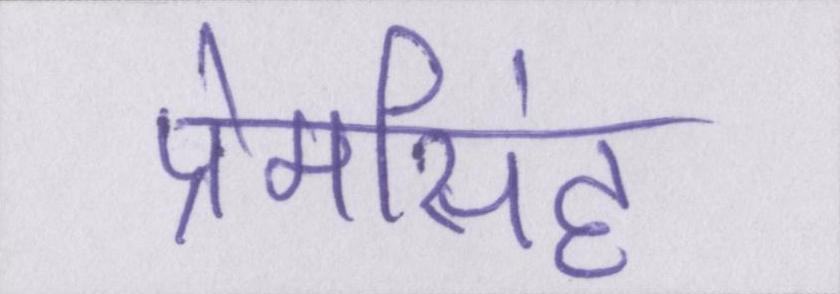
प्रेमसिंह